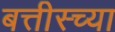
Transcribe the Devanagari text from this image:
बत्तीस्च्या